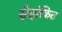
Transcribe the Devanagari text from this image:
स्नेहांकित